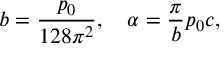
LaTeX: b = { \frac { p _ { 0 } } { 1 2 8 \pi ^ { 2 } } } , \quad \alpha = { \frac { \pi } { b } } p _ { 0 } c ,